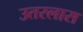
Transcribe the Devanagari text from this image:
उतरलास